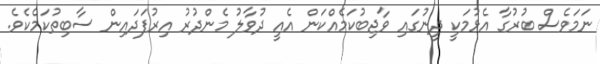
ނަމަވެސް ބުރުގާ އެޅުމަކީ ދީނުގައި ވާޖިބުކަމެއްކަން އެއީ ދުވާލު މެންދުރު އިރުފަދައިން ސާބިތުކަމެކެވެ.